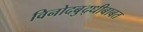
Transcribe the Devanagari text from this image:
विनोदबुद्धीबाबत